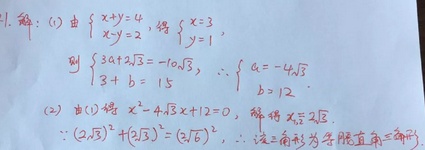
解：(1) 由\(\begin{cases}x + y = 4\\x - y = 2\end{cases}\)，得\(\begin{cases}x = 3\\y = 1\end{cases}\)，则\(\begin{cases}3a + 2\sqrt{3}=-10\sqrt{3}\\3 + b = 15\end{cases}\)，
\(\therefore\begin{cases}a=-4\sqrt{3}\\b = 12\end{cases}\)

(2) 由(1)得\(x^{2}-4\sqrt{3}x + 12 = 0\)，解得\(x_1=x_2 = 2\sqrt{3}\)。
因为\((2\sqrt{3})^{2}+(2\sqrt{3})^{2}=(2\sqrt{6})^{2}\)，所以该三角形为等腰直角三角形。